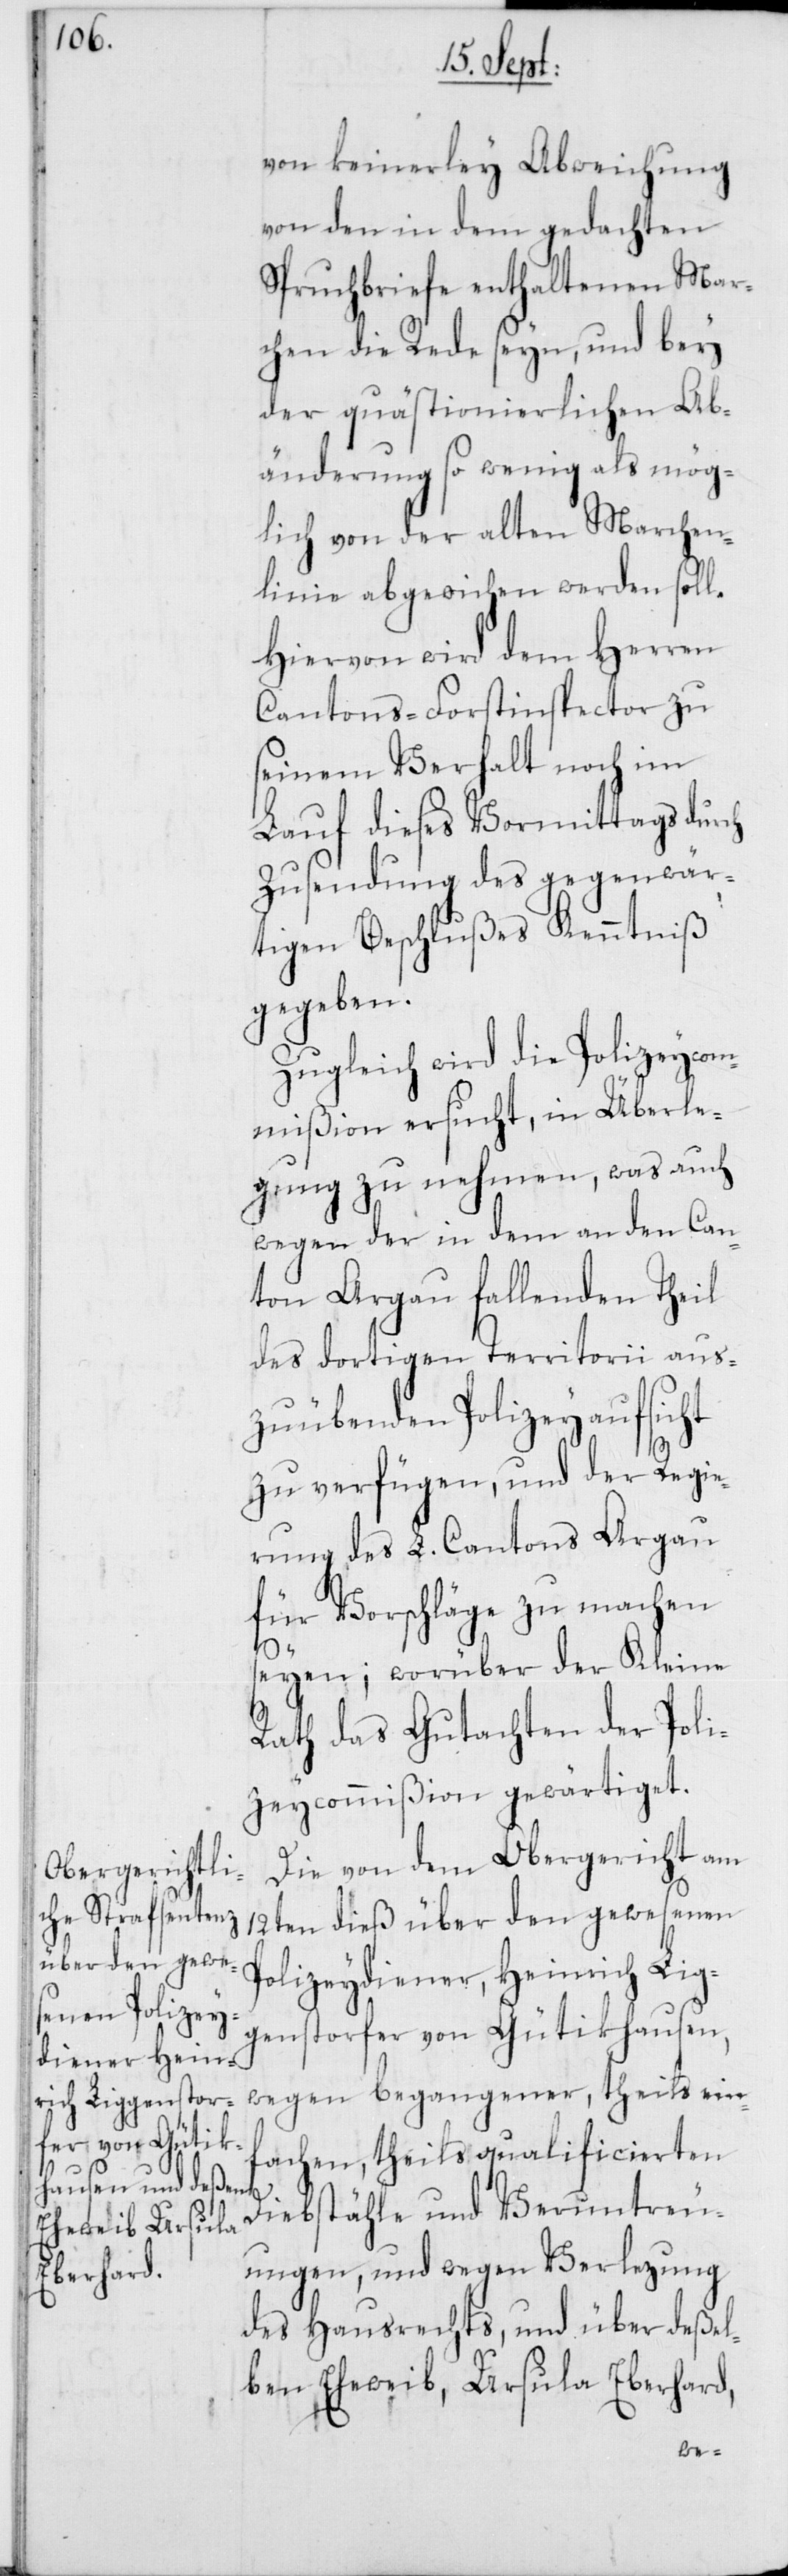
von keinerley Abweichung
von den in dem gedachten
Spruchbriefe enthaltenen Mar¬
chen die Rede seyn, und bey
der quästionierlichen Ab¬
änderung so wenig als mög¬
lich von der alten Marchen¬
linie abgewichen werden soll.
Hiervon wird dem Herren
Cantons-Forstinspector zu
seinem Verhalt noch im
Lauf dieses Vormittags durch
Zusendung des gegenwär¬
tigen Beschlußes Kenntniß
gegeben.
Zugleich wird die Polizeycom¬
mißion ersucht, in Überle¬
gung zu nehmen, was auch
wegen der in dem an den Can¬
ton Aargau fallenden Theil
des dortigen Territorii aus¬
zuübenden Polizeyaufsicht
zu verfügen, und der Regie¬
rung des L. Cantons Aargau
für Vorschläge zu machen
seyen; worüber der Kleine
Rath das Gutachten der Poli¬
zeycommißion gewärtiget.
Die von dem Obergericht am
12ten dieß über den gewesenen
Polizeydiener, Heinrich Lig¬
genstorfer von Gütikhausen,
wegen begangener, theils ein¬
fachen, theils quailificierten
Diebstähle und Veruntreu¬
ungen, und wegen Verlezung
des Hausrechts, und über deßel¬
ben Eheweib, Ursula Eberhard,